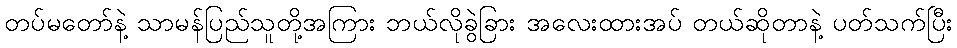
တပ်မတော်နဲ့ သာမန်ပြည်သူတို့အကြား ဘယ်လိုခွဲခြား အလေးထားအပ် တယ်ဆိုတာနဲ့ ပတ်သက်ပြီး